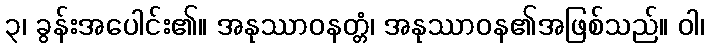
၃၊ ခွန်းအပေါင်း၏။ အနုဿာဝနတ္တံ၊ အနုဿာဝန၏အဖြစ်သည်။ ဝါ၊